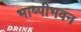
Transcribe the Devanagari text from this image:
भाष्पीभवन